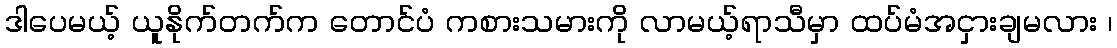
ဒါပေမယ့် ယူနိုက်တက်က တောင်ပံ ကစားသမားကို လာမယ့်ရာသီမှာ ထပ်မံအငှားချမလား ၊